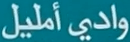
واديًأمليل